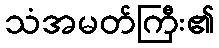
သံအမတ်ကြီး၏